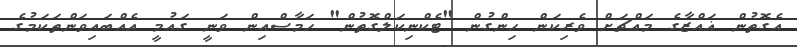
އެގޮތުން ޣައްޒާގެ މައްޗަށް ވެރިކަން ހިންގުން "ޓެކްނިކަލްގޮތުން" ހަމާސްއިން ވަނީ ގައުމީ އެއްބައިވަންތަކަމުގެ